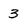
Character: 3